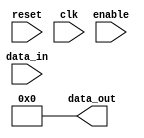
`timescale 1ns/1ps
// 32 bit input, 32 bit output, D Flip Flop with Enable feature, Enable is not used for
// the scale accumulation, but the output sum since only output after all 16 bits of
// all inputs are processed
module dff_en(
    input enable,
	input reset,
    input clk,
    input [31 : 0] data_in,
    output reg [31: 0] data_out
);
	initial begin
		data_out <= 32'd0;
	end
    always @(posedge clk) begin
        data_out <= enable == 1'b1 ? data_in : 32'd0;
    end
	always @(posedge reset) begin
		data_out <= 32'd0;
	end

endmodule